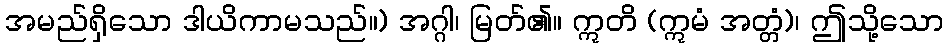
အမည်ရှိသော ဒါယိကာမသည်။) အဂ္ဂါ၊ မြတ်၏။ ဣတိ (ဣမံ အတ္တံ)၊ ဤသို့သော